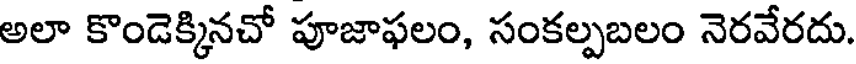
అలా కొండెక్కినచో పూజాఫలం, సంకల్పబలం నెరవేరదు.